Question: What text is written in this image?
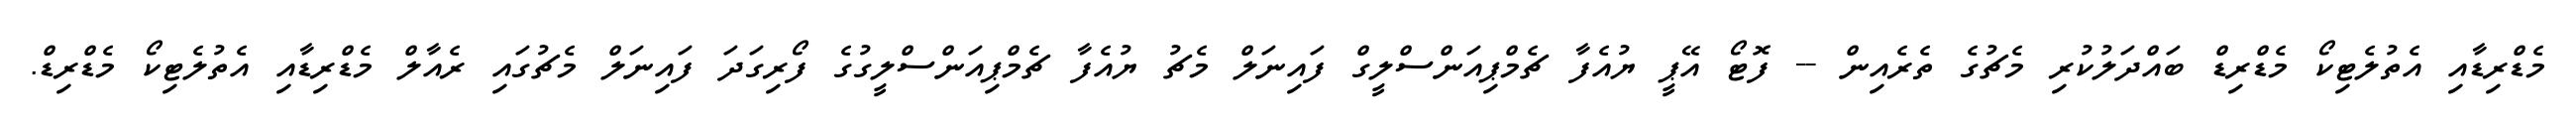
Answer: މެޑްރިޑާއި އެތުލެޓިކޯ މެޑްރިޑް ބައްދަލުކުރި މެޗުގެ ތެރެއިން -- ފޮޓޯ އޭޕީ ޔުއެފާ ޗެމްޕިއަންސްލީގް ފައިނަލް މެޗު ޔުއެފާ ޗެމްޕިއަންސްލީގުގެ ފޯރިގަދަ ފައިނަލް މެޗުގައި ރެއާލް މެޑްރިޑާއި އެތުލެޓިކޯ މެޑްރިޑް.